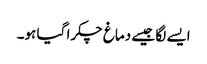
ایسے لگا جیسے دماغ چکرا گیا ہو۔